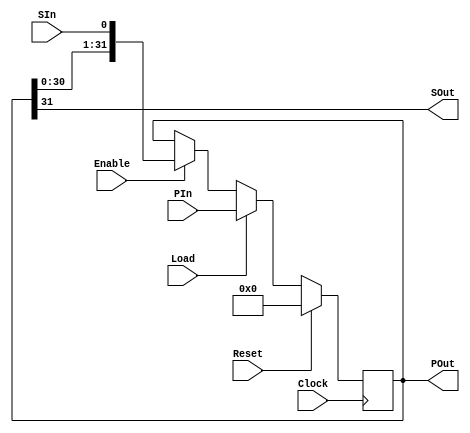
//-----------------------------------------------------------------------
//	Version:	$Revision: 1.3 $
//	Desc:		A Variable width parallel/serial converter
//	Copyright:	Copyright 2003 UC Berkeley
//	This copyright header must appear in all derivative works.
//-----------------------------------------------------------------------

//-----------------------------------------------------------------------
//	Section:	Change Log
//-----------------------------------------------------------------------
//	$Log: ShiftRegister.V,v $
//	Revision 1.3  2004/07/30 21:15:22  Administrator
//	Reformatted
//	
//	Revision 1.2  2004/06/17 18:59:57  Administrator
//	Added Proper Headers
//	Updated Parameters and Constants
//	General Housekeeping
//	
//-----------------------------------------------------------------------

//-----------------------------------------------------------------------
//	Module:		ShiftRegister
//	Desc:		This is a general parallel to serial and serial
//			to parallel converter.  Note that it can work
//			with serial data streams that are more than a
//			single bit wide.  This is useful for example when
//			you must cross a 32b/8b boundary.
//	Params:		pwidth:	Sets the bitwidth of the parallel data
//			(both in and out of the module)
//			swidth:	Sets the bitwidth of the serial data
//			(both in and out of the module)
//	Ex:		(32,1) will convert 32bit wide data into 1bit
//			serial data
//			(32,8) will convert 32bit words into bytes
//-----------------------------------------------------------------------
module ShiftRegister(PIn, SIn, POut, SOut, Load, Enable, Clock, Reset);
	//---------------------------------------------------------------
	//	Parameters
	//---------------------------------------------------------------
	parameter		pwidth =		32,	// The parallel width
				swidth =		1;	// The serial width
	//---------------------------------------------------------------

	//---------------------------------------------------------------
	//	Parallel and Serial I/O
	//---------------------------------------------------------------
	input	[pwidth-1:0]	PIn;
	input	[swidth-1:0]	SIn;
	output	[pwidth-1:0]	POut;
	output	[swidth-1:0]	SOut;
	//---------------------------------------------------------------

	//---------------------------------------------------------------
	//	Control Inputs
	//---------------------------------------------------------------
	input			Load, Enable, Clock, Reset;
	//---------------------------------------------------------------

	//---------------------------------------------------------------
	//	Registers
	//---------------------------------------------------------------
	reg	[pwidth-1:0]	POut;
	//---------------------------------------------------------------

	//---------------------------------------------------------------
	//	Generate the output
	//---------------------------------------------------------------
	assign	SOut =				POut[pwidth-1:pwidth-swidth];
	//---------------------------------------------------------------

	//---------------------------------------------------------------
	//	Behavioral Shift Register Core
	//---------------------------------------------------------------
	always @ (posedge Clock) begin
		if (Reset) POut <=		{pwidth{1'b0}};
		else if (Load) POut <=		PIn;
		else if (Enable) POut <=	{POut[pwidth-swidth-1:0], SIn};
	end
	//---------------------------------------------------------------
endmodule
//-----------------------------------------------------------------------